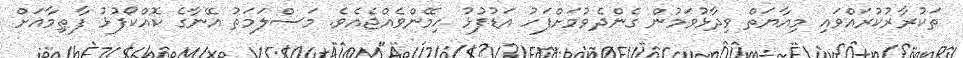
ތަކުރާރުކުރައްވައި މިއާޔަތް ވިދާޅުވަމުން ގެންދެވުމަށްފަހު އަޑުފުޅު ހިމޭންވެއްޖެއެވެ. މަސްލަމަތު އޭނާގެ ކޮއްކޯފުޅު ފާޠިމާއަށް